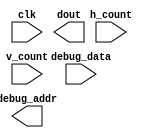
`timescale 1ns / 1ps
//////////////////////////////////////////////////////////////////////////////////
// Company: 
// Engineer: 
// 
// Design Name: 
// Module Name:    vga_debug 
// Project Name: 
// Target Devices: 
// Tool versions: 
// Description: 
//
// Dependencies: 
//
// Revision: 
// Revision 0.01 - File Created
// Additional Comments: 
//
//////////////////////////////////////////////////////////////////////////////////
module vga_debug(
	input clk,
	input [31:0] debug_data,
	input [9:0] h_count,
	input [9:0] v_count,
	
	output [6:0] debug_addr,
	output [11:0] dout
	
    );
	 

endmodule